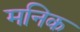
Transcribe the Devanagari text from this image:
मनिक